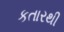
કતારથી